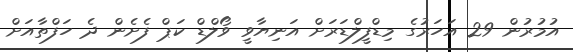
އުމުރުން 29 އަހަރުގެ މިޑްފީލްޑަރަށް އަނިޔާވީ ވޯލްޑް ކަޕް ފެށެން ދެ ހަފްތާއަށް